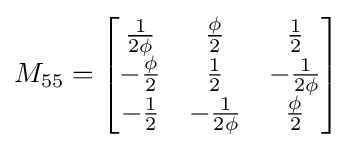
M_{55}={\begin{bmatrix}{\frac {1}{2\phi }}&{\frac {\phi }{2}}&{\frac {1}{2}}\\-{\frac {\phi }{2}}&{\frac {1}{2}}&-{\frac {1}{2\phi }}\\-{\frac {1}{2}}&-{\frac {1}{2\phi }}&{\frac {\phi }{2}}\end{bmatrix}}